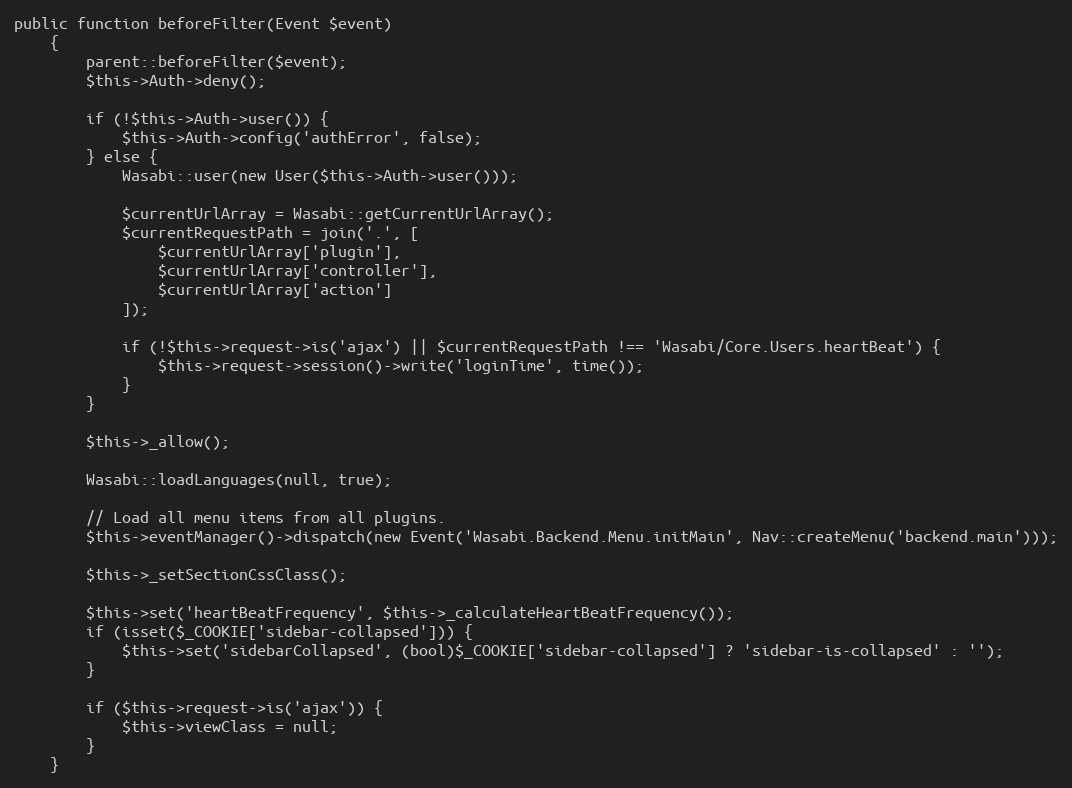
Language: PHP
public function beforeFilter(Event $event)
    {
        parent::beforeFilter($event);
        $this->Auth->deny();

        if (!$this->Auth->user()) {
            $this->Auth->config('authError', false);
        } else {
            Wasabi::user(new User($this->Auth->user()));

            $currentUrlArray = Wasabi::getCurrentUrlArray();
            $currentRequestPath = join('.', [
                $currentUrlArray['plugin'],
                $currentUrlArray['controller'],
                $currentUrlArray['action']
            ]);

            if (!$this->request->is('ajax') || $currentRequestPath !== 'Wasabi/Core.Users.heartBeat') {
                $this->request->session()->write('loginTime', time());
            }
        }

        $this->_allow();

        Wasabi::loadLanguages(null, true);

        // Load all menu items from all plugins.
        $this->eventManager()->dispatch(new Event('Wasabi.Backend.Menu.initMain', Nav::createMenu('backend.main')));

        $this->_setSectionCssClass();

        $this->set('heartBeatFrequency', $this->_calculateHeartBeatFrequency());
        if (isset($_COOKIE['sidebar-collapsed'])) {
            $this->set('sidebarCollapsed', (bool)$_COOKIE['sidebar-collapsed'] ? 'sidebar-is-collapsed' : '');
        }

        if ($this->request->is('ajax')) {
            $this->viewClass = null;
        }
    }